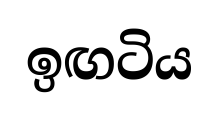
ඉඟටිය